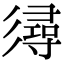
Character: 𢒫